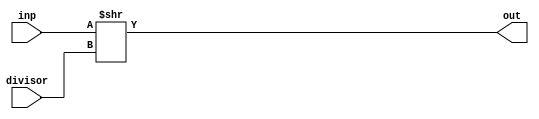
module AMP(input [1:0] divisor, input [7:0] inp, output [7:0] out);
    assign out = inp >> divisor;
endmodule